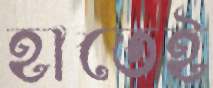
হাতেই